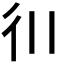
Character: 𫹋